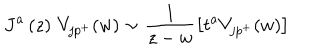
J ^ { a } \left( z \right) \, V _ { j p ^ { + } } ( w ) \sim \frac 1 { z - w } \left[ t ^ { a } V _ { j p ^ { + } } ( w ) \right]